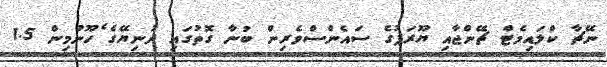
ނޭޗާ ކްލައިމެޓް ޗޭންޖާއި ޔޫރަޕުގެ ސައެންސްވެރިން ބުނާ ގޮތުގައި ދުނިޔޭގެ ެހޫނުމިން 1.5